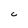
Character: C